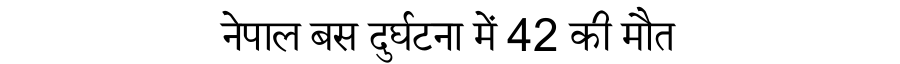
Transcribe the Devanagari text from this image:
नेपाल बस दुर्घटना में 42 की मौत